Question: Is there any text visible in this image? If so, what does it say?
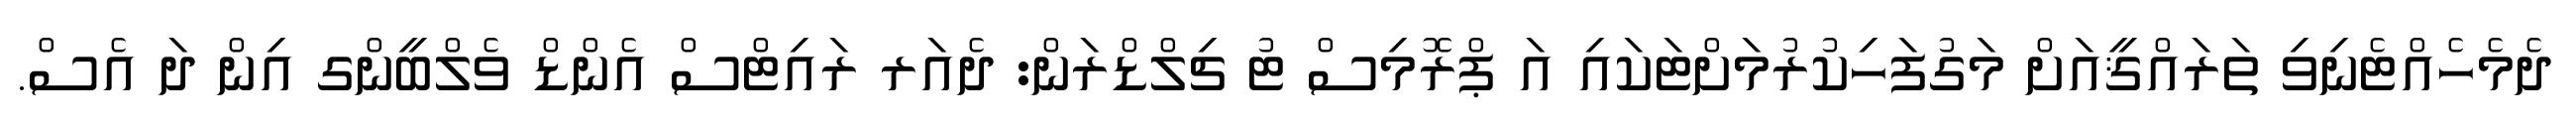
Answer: ދެމެހެއްޓެނިވި ތަރައްޤީއަށް މަގުފަހިކުރުމަށްޓަކައި އަ ޕްރޮމިސް ޓު ޗިލްޑްރަން: ދެއަރ ރައިޓްސް އެންޑް ވެލްބީންގ އިން ދަ އެސް.